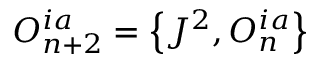
{ \cal O } _ { n + 2 } ^ { i a } = \left\{ J ^ { 2 } , { \cal O } _ { n } ^ { i a } \right\}